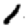
Digit: 1